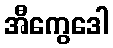
အီကွေဒေါ